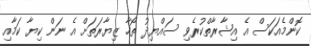
ކޮންމެއަކަސް އެ އިޝާރާތްކުރެވި ސައްޔިދު ތޯހާ ޒިޔާރަތަށް އެ ނަން ކިޔާ ކަމާއި